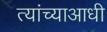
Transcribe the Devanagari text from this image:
त्यांच्याआधी